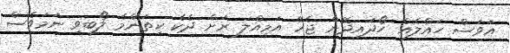
އަވަސް ހައްލެއް ހޯދައިދޭން ޖެހޭ އަމިއްލަ ރަށް ދެކެ ކިތަންމެ ލޯބިވި ނަމަވެސް